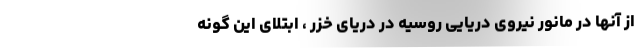
از آنها در مانور نیروی دریایی روسیه در دریای خزر ، ابتلای این گونه